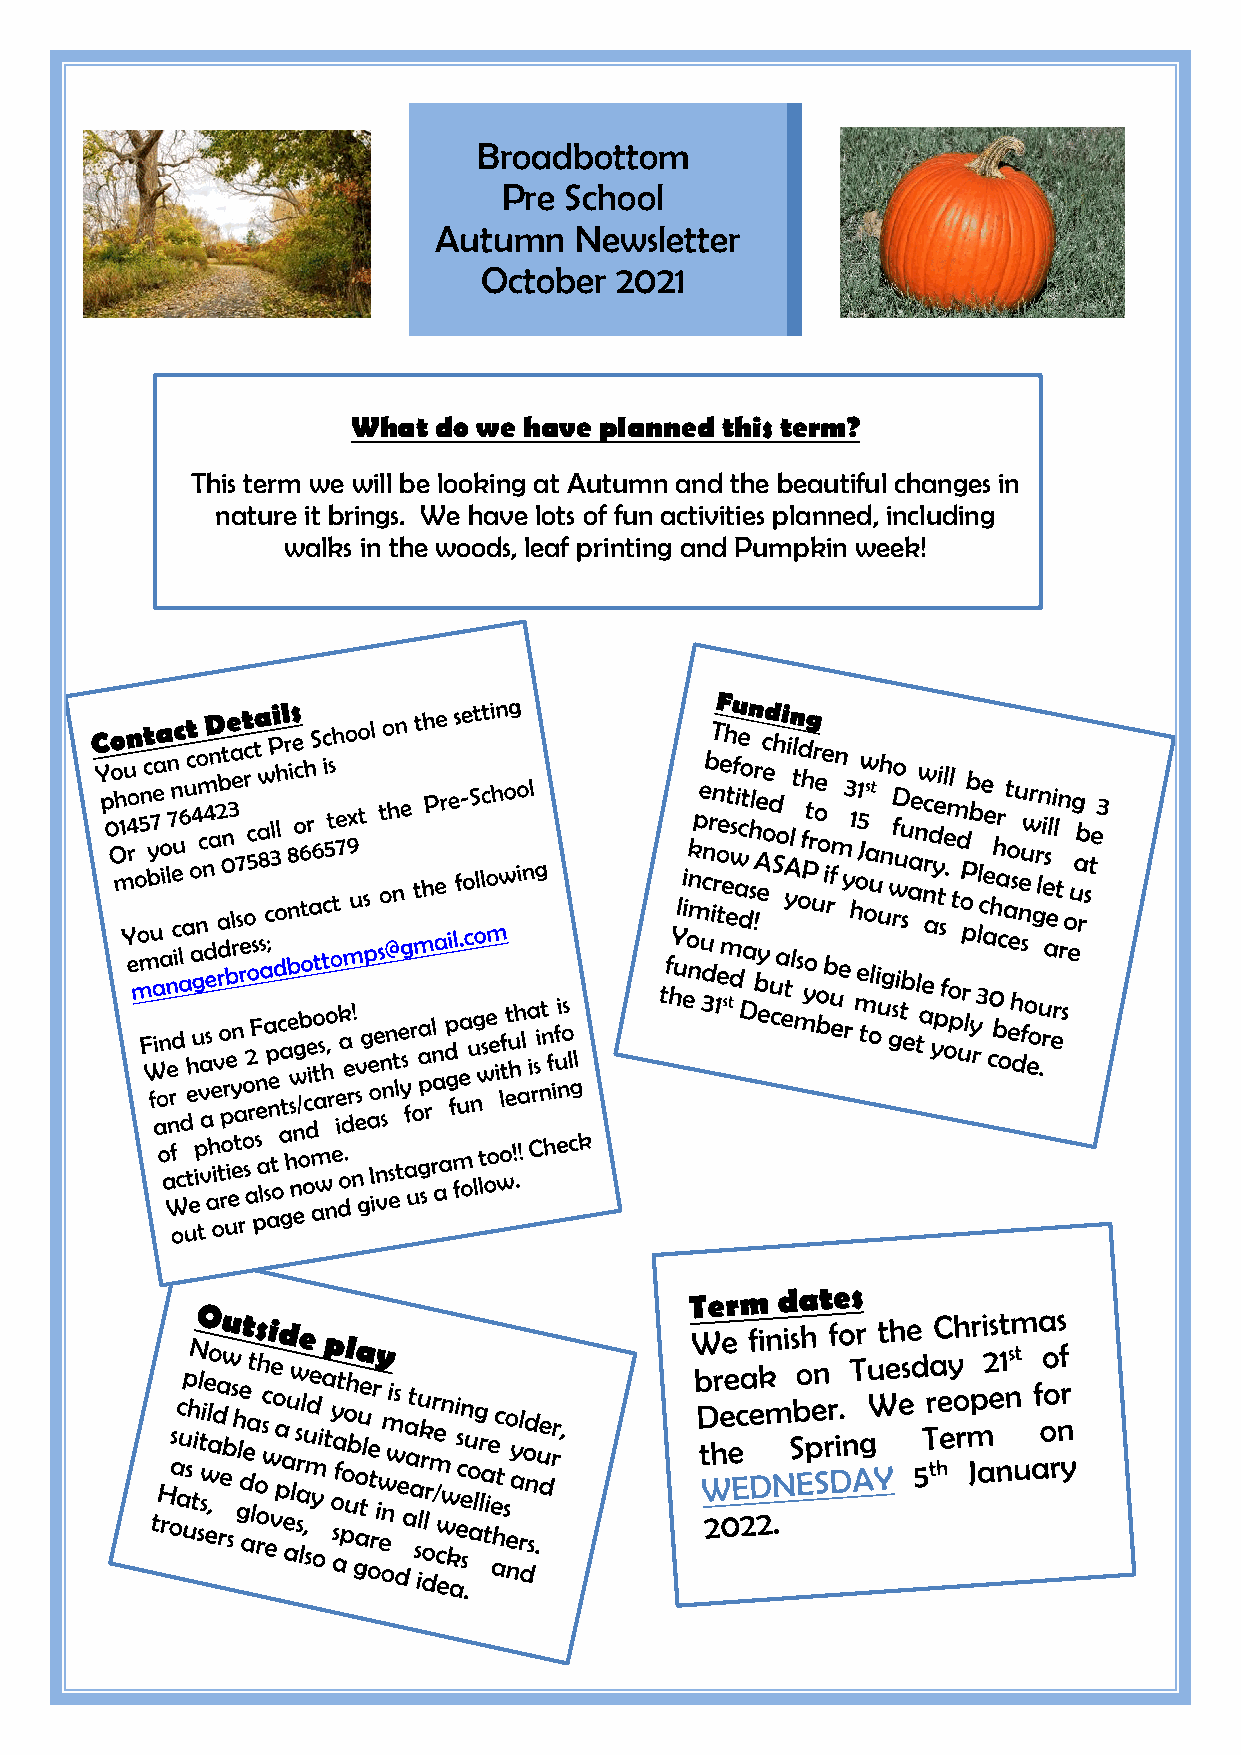
Broadbottom
 Pre School
 Autumn   Newsletter
 October  2021
 What  do we have planned this term?
 This term we will be looking at Autumn and the beautiful changes in
 nature it brings. We have lots of fun activities planned, including
 walks in the woods, leaf printing and Pumpkin week!